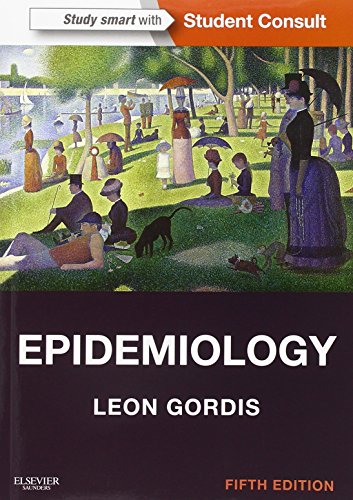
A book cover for Epidemiology: with STUDENT CONSULT Online Access, 5e (Gordis, Epidemiology); Leon Gordis MD  MPH  DrPH; Medical Books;